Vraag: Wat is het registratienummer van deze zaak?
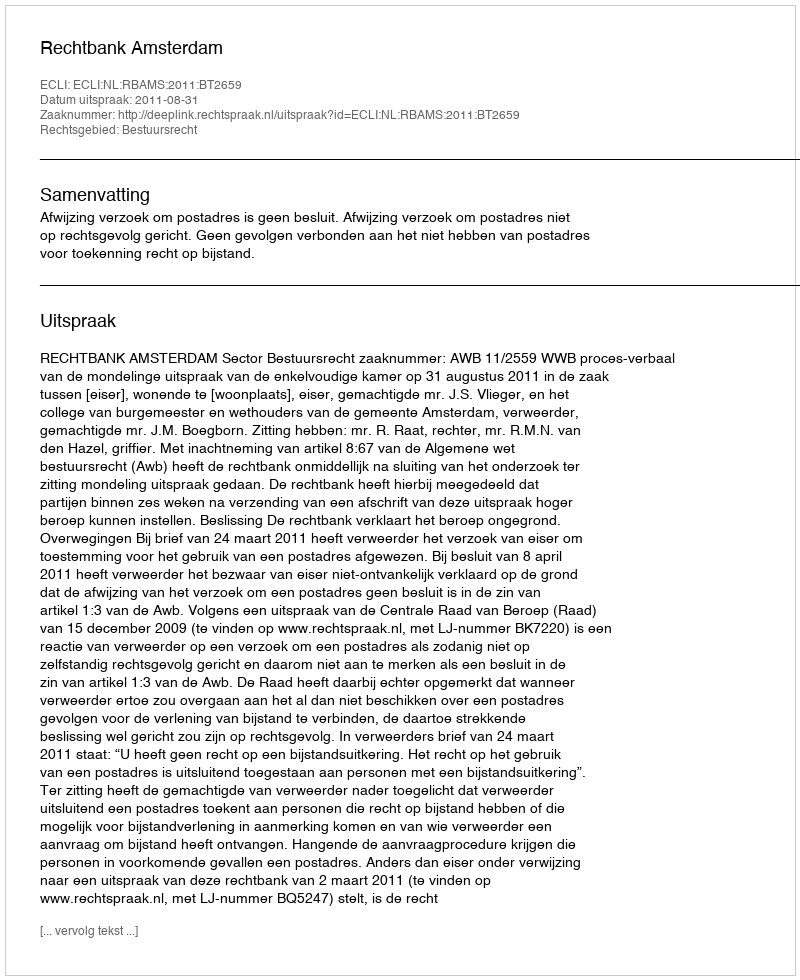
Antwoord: http://deeplink.rechtspraak.nl/uitspraak?id=ECLI:NL:RBAMS:2011:BT2659